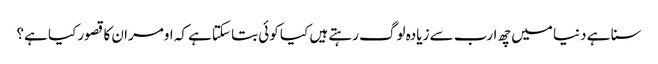
سنا ہے دنیا میں چھ ارب سے زیادہ لوگ رہتے ہیں کیا کوئی بتا سکتاہے کہ اومران کا قصور کیا ہے؟